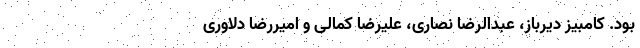
بود. کامبیز دیرباز، عبدالرضا نصاری، علیرضا کمالی و امیررضا دلاوری